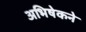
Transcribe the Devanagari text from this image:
अभिषेकने